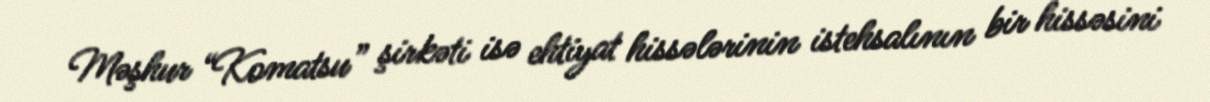
Məşhur “Komatsu” şirkəti isə ehtiyat hissələrinin istehsalının bir hissəsini